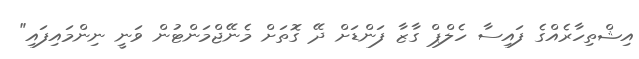
އިޝްތިހާރެއްގެ ފައިސާ ހެލްޕް ގާޒާ ފަންޑަށް ދޭ ގޮތަށް މެނޭޖްމަންޓުން ވަނީ ނިންމައިފައި"